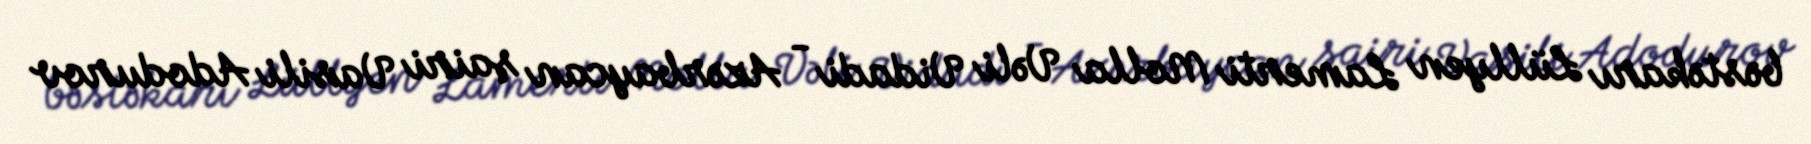
bəstəkarı Lüllyen Lamerti Molla Vəli Vidadi - Azərbaycan şairi Vasili Adodurov